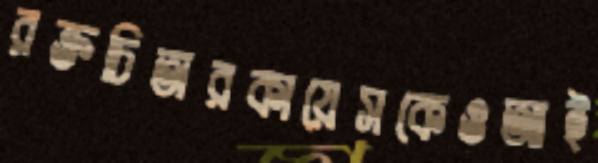
রক্তচিতারকায়েসকেওআই